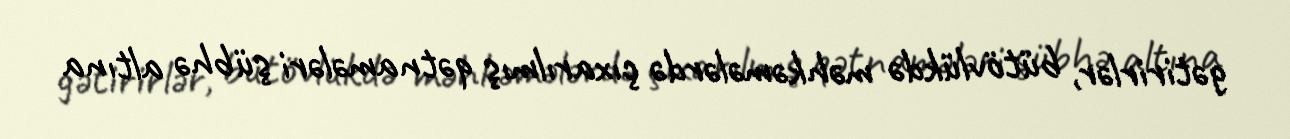
gətirirlər, bütövlükdə məhkəmələrdə çıxarılmış qətnamələri şübhə altına